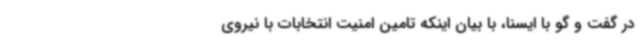
در گفت و گو با ایسنا، با بیان اینکه تامین امنیت انتخابات با نیروی